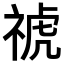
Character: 𥚚